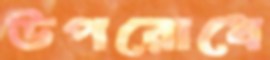
উপরোধে